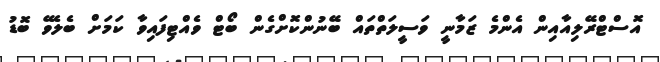
އޮސްޓްރޭލިއާއިން އެންމެ ޒަމާނީ ވަސީލަތްތައް ބޭނުންކޮށްގެން ބޯޓް ވެއްޓިފައިވާ ކަމަށް ބެލެވޭ ބޮޑު